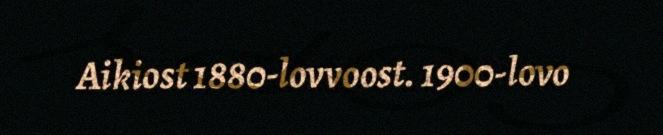
Aikiost 1880-lovvoost. 1900-lovo